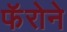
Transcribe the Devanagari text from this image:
फॅरोने